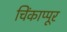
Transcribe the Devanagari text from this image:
चिंकाप्पूर